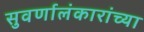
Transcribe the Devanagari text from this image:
सुवर्णालंकारांच्या